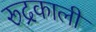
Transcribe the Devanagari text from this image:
रूद्रकाली